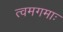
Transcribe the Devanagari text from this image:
त्वमगमाः